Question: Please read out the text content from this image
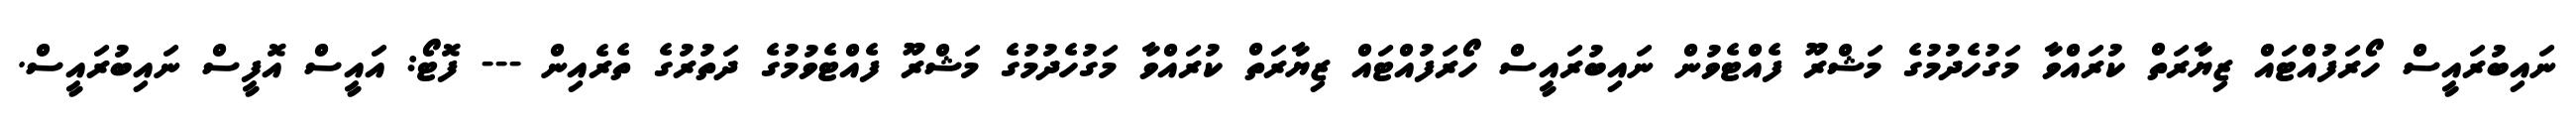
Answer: ނައިބުރައީސް ހޯރަފުއްޓައް ޒިޔާރަތް ކުރައްވާ މަގުހެދުމުގެ މަޝްރޫ ފެއްޓެވުން ނައިބުރައީސް ހޯރަފުއްޓައް ޒިޔާރަތް ކުރައްވާ މަގުހެދުމުގެ މަޝްރޫ ފެއްޓެވުމުގެ ދަތުރުގެ ތެރެއިން --- ފޮޓޯ: އައީސް އޮފީސް ނައިބުރައީސް.